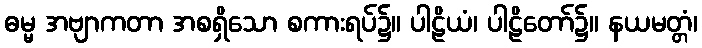
ဓမ္မ အဗျာကတာ အစရှိသော စကားရပ်၌။ ပါဠိယံ၊ ပါဠိတော်၌။ နယမတ္တံ၊